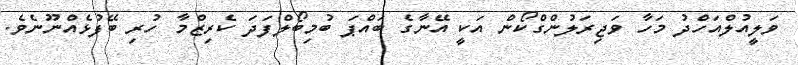
ވަލީއުލްއަހްދު މަހާ ވަޖިރަލުންގްކޯން އަކީ އޭނާގެ ބައްޕަ ބުމިބޯލްފަދަ ކެރިޒްމާ ހުރި ބޭފުޅެއްނޫނެވެ.